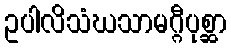
ဥပါလိသံဃသာမဂ္ဂီပုစ္ဆာ